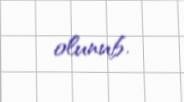
olunub.